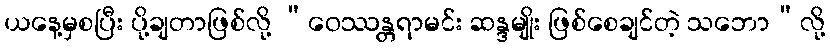
ယနေ့မှစပြီး ပို့ချတာဖြစ်လို့ “ဝေဿန္တရာမင်း ဆန္ဒမျိုး ဖြစ်စေချင်တဲ့ သဘော”လို့